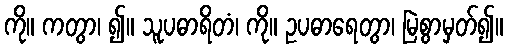
ကို။ ကတွာ၊ ၍။ သူပဓာရိတံ၊ ကို။ ဥပဓာရေတွာ၊ မြဲစွာမှတ်၍။